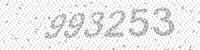
Solution: 993253